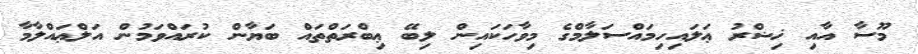
މޫސާ އާއި ޚިޟްރު ޢަލައިހިމައްސަލާމްގެ މިވާހަކައިން ލިބޭ ޢިބްރަތްތައް ބަޔާން ކުރައްވަމުން އަލްޢައްލާމާ